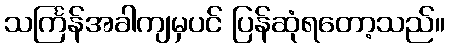
သင်္ကြန်အခါကျမှပင် ပြန်ဆုံရတော့သည်။